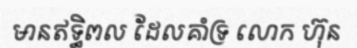
មានឥទ្ធិពល ដែលគាំទ្រ លោក ហ៊ុន